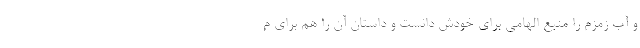
و آب زمزم را منبع الهامی برای خودش دانست و داستان آن را هم برای م